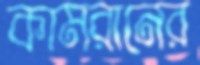
কামরানের